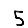
Digit: 5